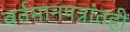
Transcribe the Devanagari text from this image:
वर्तमानपत्रांतही